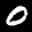
Label: 0